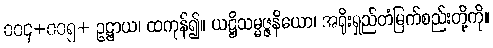
၀၀၄+၀၀၅+ ဥဋ္ဌာယ၊ ထကုန်၍။ ယဋ္ဌိသမ္မဇ္ဇနိယော၊ အရိုးရှည်တံမြက်စည်းတို့ကို။